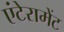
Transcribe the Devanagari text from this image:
एंटेरामेंट